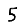
Digit: 5